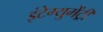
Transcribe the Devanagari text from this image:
इंटेग्युमेंट्री